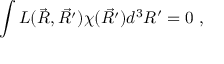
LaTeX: \int { \cal L } ( \vec { R } , \vec { R ^ { \prime } } ) \chi ( \vec { R ^ { \prime } } ) d ^ { 3 } R ^ { \prime } = 0 \ ,